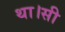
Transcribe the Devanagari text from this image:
था।सी